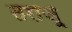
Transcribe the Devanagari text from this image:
तराज़ू़